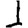
Digit: 1